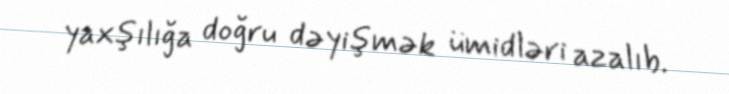
yaxşılığa doğru dəyişmək ümidləri azalıb.